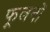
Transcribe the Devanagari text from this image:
फूलनों